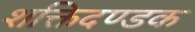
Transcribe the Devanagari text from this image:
शक्तिदण्डक